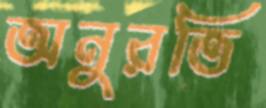
অনুরতি